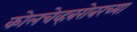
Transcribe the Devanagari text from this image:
कोलचेव्हबरोबरच्या